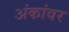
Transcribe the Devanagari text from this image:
अंकांवर